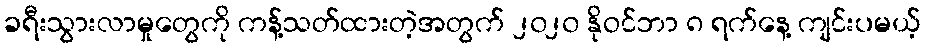
ခရီးသွားလာမှုတွေကို ကန့်သတ်ထားတဲ့အတွက် ၂၀၂၀ နိုဝင်ဘာ ၈ ရက်နေ့ ကျင်းပမယ့်